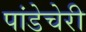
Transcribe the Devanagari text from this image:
पांडेचेरी